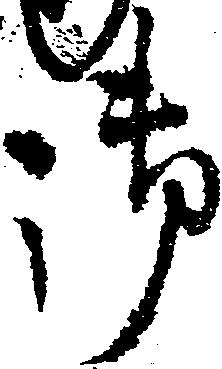
御